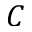
C